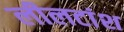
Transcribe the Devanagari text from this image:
लीलटांश